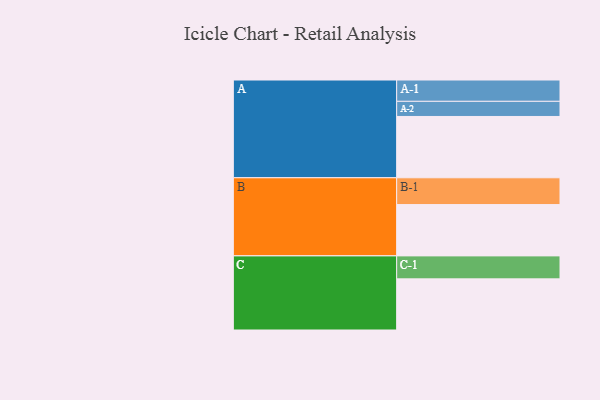
{"axis": {"x": "Segment", "y": "Value"}, "legend": ["", "A", "B", "C"], "data": [{"x": "A", "y": 368, "type": ""}, {"x": "B", "y": 308, "type": ""}, {"x": "C", "y": 307, "type": ""}, {"x": "A-1", "y": 128, "type": "A"}, {"x": "A-2", "y": 91, "type": "A"}, {"x": "B-1", "y": 161, "type": "B"}, {"x": "C-1", "y": 138, "type": "C"}]}